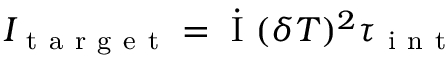
I _ { \mathrm { ~ t ~ a ~ r ~ g ~ e ~ t ~ } } = \dot { \mathrm { ~ I ~ } } ( \delta T ) ^ { 2 } \tau _ { \mathrm { ~ i ~ n ~ t ~ } }